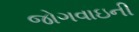
જોગવાઇની